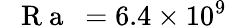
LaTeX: \mathrm{~\textit~{~R~a~}~}=6.4\times 10^{9}